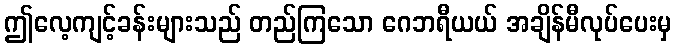
ဤလေ့ကျင့်ခန်းများသည် တည်ကြသော ဂေဘရီယယ် အချိန်မီလုပ်ပေးမှ